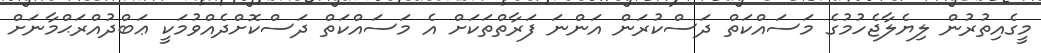
މީގެއިތުރުން ލިޔެލާޖެހުމުގެ މަސައްކަތް ދަސްކުރަން އަންނަ ފަރާތްތަކަށް އެ މަސައްކަތް ދަސްކޮށްދެއްވުމަކީ ޢަބްދުއްރަޙްމާނަށް